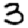
Digit: 3